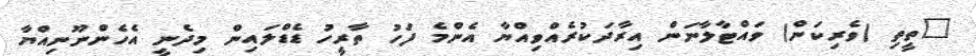
"ތީތި (ވެރިކަން) ވައްޓާލާނަން އިރާދަކުރެއްވިއްޔާ އެންމެ ފަހު ތާރީހު ޑެޑްލައިން މިދެނީ އެހެންނޫނިއްޔާ